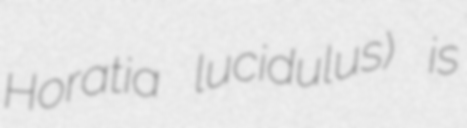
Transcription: Horatia lucidulus) is